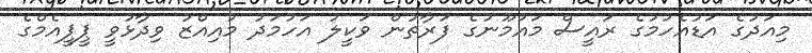
މިއަދުގެ އަޑުއެހުމުގެ ރައީސް މައުމޫނުގެ ފަރާތުން ވަކީލު އަހުމަދު މުއިއްޒު ވިދާޅުވީ ޕީޕީއެމްގެ